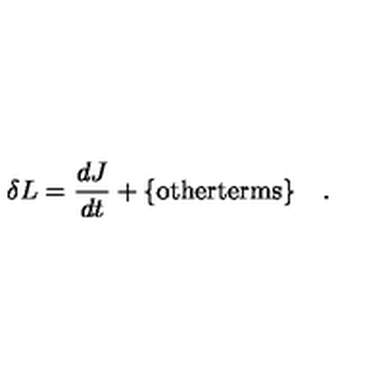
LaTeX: \delta L = \frac { d J } { d t } + \mathrm { \{ o t h e r t e r m s \} } \quad .